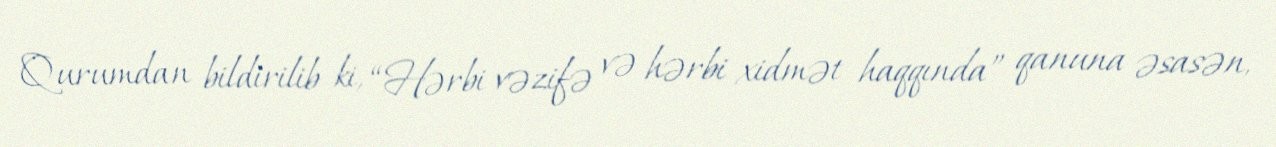
Qurumdan bildirilib ki, “Hərbi vəzifə və hərbi xidmət haqqında” qanuna əsasən,